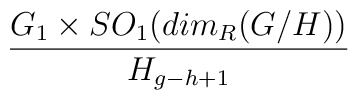
\frac{G_1 \times SO_1(dim_{R}(G/H))}{H_{g-h+1}}